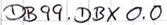
Text: DB99.DBX0.0